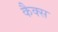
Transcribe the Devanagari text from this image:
कैक्स